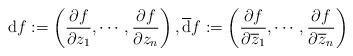
LaTeX: \begin{align*} \mathrm{d}f:=\left(\frac{\partial f}{\partial z_{1}},\cdots,\frac{\partial f}{\partial z_{n}}\right),\overline{\mathrm{d}}f:=\left(\frac{\partial f}{\partial\overline{z}_{1}},\cdots,\frac{\partial f}{\partial\overline{z}_{n}}\right) \end{align*}